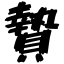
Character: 贄